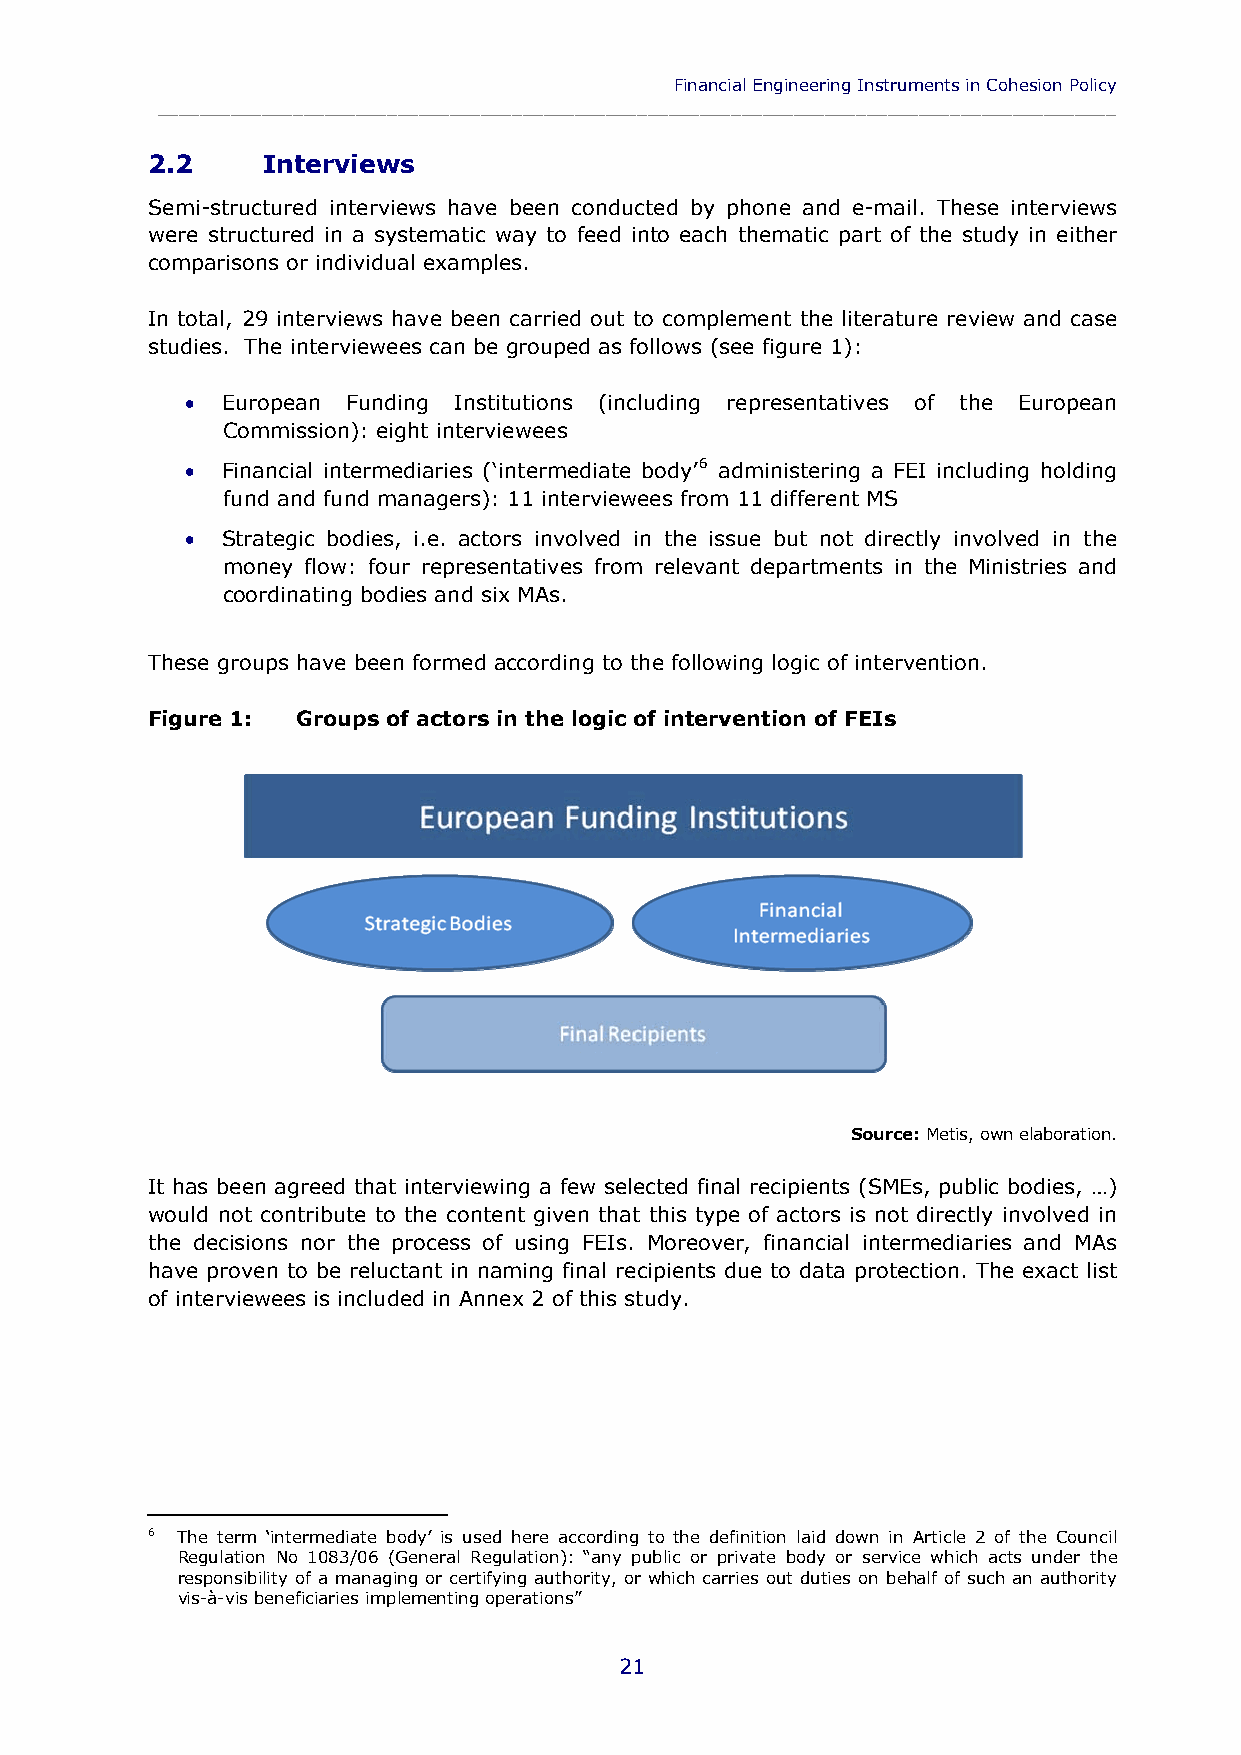
Financial Engineering Instruments in Cohesion Policy
 ____________________________________________________________________________________________
 2.2    Interviews
 Semi-structured interviews have been conducted by phone and e-mail. These interviews
 were structured in a systematic way to feed into each thematic part of the study in either
 comparisons or individual examples.
 In total, 29 interviews have been carried out to complement the literature review and case
 studies. The interviewees can be grouped as follows (see figure 1):
   European Funding Institutions (including representatives of the European
 Commission): eight interviewees
   Financial intermediaries (‘intermediate body’6 administering a FEI including holding
 fund and fund managers): 11 interviewees from 11 different MS
   Strategic bodies, i.e. actors involved in the issue but not directly involved in the
 money flow: four representatives from relevant departments in the Ministries and
 coordinating bodies and six MAs.
 These groups have been formed according to the following logic of intervention.
 Figure 1: Groups of actors in the logic of intervention of FEIs
 Source: Metis, own elaboration.
 It has been agreed that interviewing a few selected final recipients (SMEs, public bodies, …)
 would not contribute to the content given that this type of actors is not directly involved in
 the decisions nor the process of using FEIs. Moreover, financial intermediaries and MAs
 have proven to be reluctant in naming final recipients due to data protection. The exact list
 of interviewees is included in Annex 2 of this study.
 6 The term ‘intermediate body’ is used here according to the definition laid down in Article 2 of the Council
 Regulation No 1083/06 (General Regulation): “any public or private body or service which acts under the
 responsibility of a managing or certifying authority, or which carries out duties on behalf of such an authority
 vis-à-vis beneficiaries implementing operations”
 21